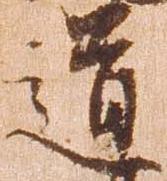
道